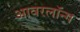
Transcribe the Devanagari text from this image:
आवरलॉन्ग